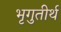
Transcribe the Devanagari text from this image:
भृगुतीर्थ